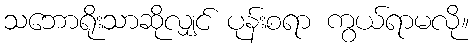
သဘောရိုးသာဆိုလျှင် ပုန်းစရာ ကွယ်ရာမလို။